Vaccination in Bombay 1869-1873 - 1869-1873
Year: 1869
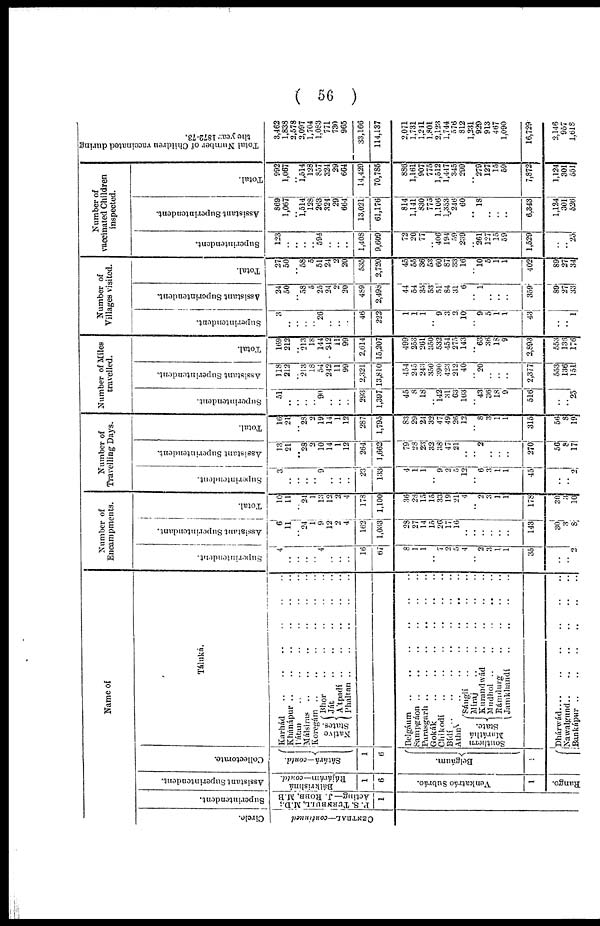
( 56 )
Name of
Circle.
CENTRAL—continued
Superintendent.
P. S. TURNBULL, M.D.;
Acting—J. ROBB, M.B
1
Assistant Superintendent.
Bálkrishná
Rájárárn—contd.
1
6
Venkatráo Subráo.
1
Rango.
Collectorate.
Sátárá —contd.
1
6
Belgáum.
1
Táluká.
Karhád
..
..
..
..
..
Khánápur .. .. .. .. .. ..
Pátan
..
..
..
..
Málsiras
..
..
..
..
Koregám
..
..
..
..
Native
States.
Bhor
..
..
..
..
..
..
Ját
..
..
..
..
..
Atpadí
..
..
..
..
..
Phaltan
..
..
..
..
..
Belgáum .. .. .. .. ..
Sampgáon .. .. .. ..
Parasgarh
..
..
..
..
..
Gokák .. .. .. .. ..
Chikodí .. .. .. ..
Bídí .. .. .. .. ..
Athn
..
..
..
..
..
Southern
Maráthá
State.
Sánglí .. .. .. ..
Míraj
..
..
..
..
Kurandwád
..
..
..
..
Mudhol
..
..
..
..
..
Rámdurg
..
..
..
..
Jamkhandí
..
..
..
Dhárwád .. .. .. .. ..
Number of
Encampments.
Superintendent.
4
..
..
..
..
4
..
..
..
16
67
8
1
1
..
7
2
5
4
..
2
3
1
1
35
..
2
Assistant Superintendant.
6
11
..
24
1
9
12
2
4
162
1,033
23
27
14
15
26
17 16
..
..
..
..
..
..
143
30
3
8
Total.
10
11
..
24
1
13
12
2
4
178
1,100
36
28
15
15
33
19
21
4
..
2
3
1
1
178
30
3
10
Number of
Travelling Days.
Superintendent.
3
..
..
..
..
9
..
..
..
23
133
4
1
1
..
9
2 5
12
..
6
3
1
1
1
..
..
2
Assistant Superintendent.
13
21
..
28
2
10
14
1
12
264
1,662
79
28
23
32
38
47
21
..
..
2
..
..
..
270
56
8
17
Total.
16
21
..
28
2
19
14
1
12
287
1,795
83
29
24
32
47
49
26
12
..
8
3
1
1
315
56
8
19
Number of Miles
travelled.
Superintendent.
51
..
..
..
..
90
..
..
..
293
1,397
45
8
18
..
142
31
63
103
..
43
36
18
9
516
..
..
25
Assistant Superintendent.
118
212
..
213
18
54
242
11
99
2,321
13,810
454
245
243
350
390
423 212
40
..
20
..
..
..
2,377
553
136
loll
Total.
169
212
..
213
18
144
212
11
99
2,614
15,207
499
253
261
350
532
454
275
143
..
63
36
18
9
2,893
553
136
176
Number of
Villages visited.
Superintendent.
3
..
..
..
..
26
..
..
..
46
222
1
1
1
..
9
3
2
10
..
9
5
1
1
43
..
..
1
Assistant Superintendent.
24
50
..
58
5
25
24
2
20
489
2,498
44
54
35
53
51
84 31
6
..
1
..
..
..
359
89
27
33
Total.
27
50
..
58
5
51
24
2
20
535
2,720
45
55
36
53
60
87
33
16
..
10
5
1
1
402
89
27
34
Number of
vaccinated Children
inspected.
Superintendent.
123
..
..
..
..
594
..
..
..
1,408
9,609
72
20
77
..
406
194
59
239
..
261
127
15
59
1,529
..
..
25
Assistant Superintendent.
869
1,067
..
1,514
128
263
324
29
664
13,021
61,176
814
1,141
830
775 1,106
1,353
246
60
..
18
..
..
..
6,343
1,124
301
526
Total.
992
1,067
..
1,514
128
857
324
29
664
14,429
70,785
886
1,161
907
775 1,512
1,447 345
299
..
279
127
15
59
7,872
1,124
301
551
Total Number of Children vaccinated during
the year 1872-73.
3,462
1,838
2,578
2,097
1,704
1,083
771
730
965
33,166
114,137
2,071
1,731
1,211
1,801
2,123
1,744 576
812
1,231
929
913
467
1,090
16,729
2,146
957
1,618